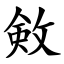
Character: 㪘